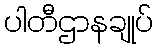
ပါတီဌာနချုပ်